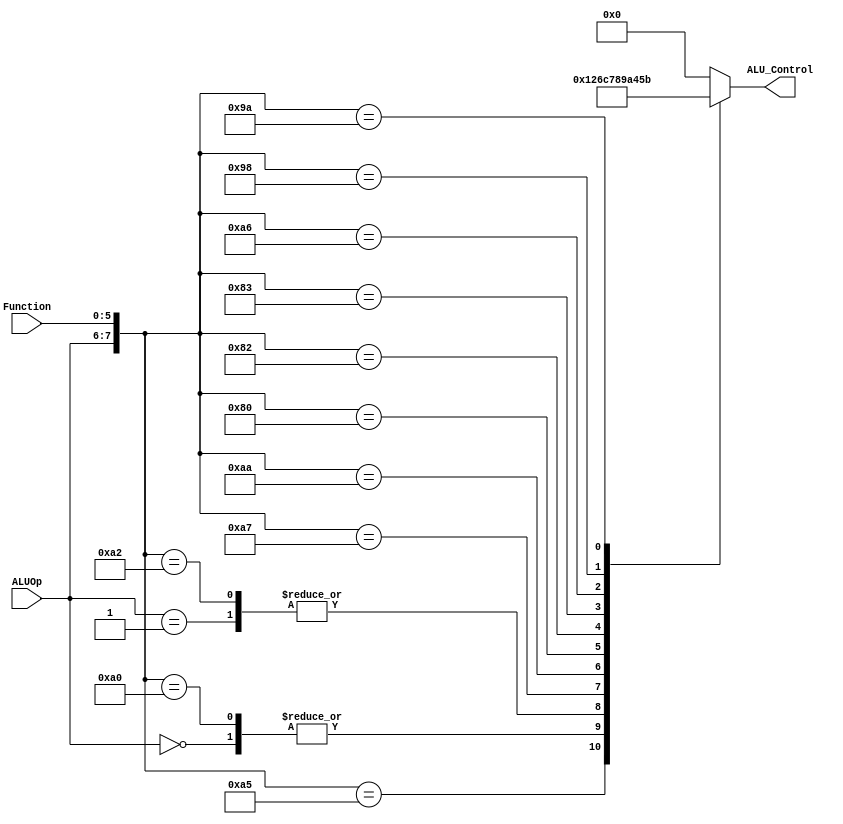
`timescale 1ns / 1ps
//////////////////////////////////////////////////////////////////////////////////
// Company: 
// 
// Design Name: 
// Module Name: ALUControl
// Project Name: 
// Target Devices: 
// Tool Versions: 
// Description: 
// 
// Dependencies: 
// 
// Revision:
// Revision 0.01 - File Created
// Additional Comments:
// 
//////////////////////////////////////////////////////////////////////////////////

module ALUControl(
    input [1:0] ALUOp, 
    input [5:0] Function,
    output reg[3:0] ALU_Control);  

 wire [7:0] ALUControlIn;  
 assign ALUControlIn = {ALUOp,Function};  
 always @(ALUControlIn)  
 casex (ALUControlIn)  
        8'b1x100100: ALU_Control=4'b0000; //and, andi
        8'b10100101: ALU_Control=4'b0001; //or 
        8'b00xxxxxx: ALU_Control=4'b0010; //addi, lw, sw
        8'b01xxxxxx: ALU_Control=4'b0110; //beq
        8'b10100000: ALU_Control=4'b0010; //add
        8'b10100010: ALU_Control=4'b0110; //sub
        8'b10100111: ALU_Control=4'b1100; //nor       
        8'b10101010: ALU_Control=4'b0111; //slt        
        8'b10000000: ALU_Control=4'b1000; //sll       
        8'b10000010: ALU_Control=4'b1001; //srl
        8'b10000011: ALU_Control=4'b1010; //sra
        8'b10100110: ALU_Control=4'b0100; //xor
        8'b10011000: ALU_Control=4'b0101; //mult
        8'b10011010: ALU_Control=4'b1011; //div
        default: ALU_Control=4'b0000;  
  endcase  
 endmodule